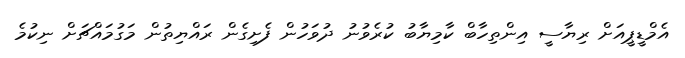
އެމްޑީޕީއަށް ރިޔާސީ އިންތިހާބް ކާމިޔާބު ކުރެވުނު ދުވަހުން ފެށިގެން ރައްޔިތުން މަގުމައްޗަށް ނިކުމެ